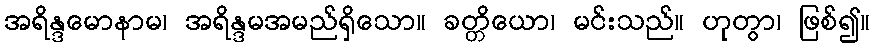
အရိန္ဒမောနာမ၊ အရိန္ဒမအမည်ရှိသော။ ခတ္တိယော၊ မင်းသည်။ ဟုတွာ၊ ဖြစ်၍။